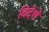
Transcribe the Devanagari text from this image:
विदेशे